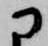
に